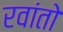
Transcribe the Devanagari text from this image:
रवांतो